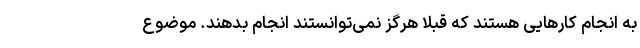
به انجام کارهایی هستند که قبلاً هرگز نمی‌توانستند انجام بدهند. موضوع